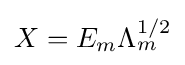
{\textstyle X=E_{m}\Lambda _{m}^{1/2}}